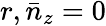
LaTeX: r,\bar{n}_{z}=0